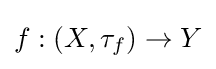
f:\left(X,\tau _{f}\right)\to Y